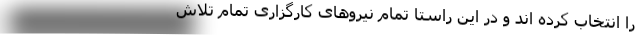
را انتخاب کرده اند و در این راستا تمام نیروهای کارگزاری تمام تلاش